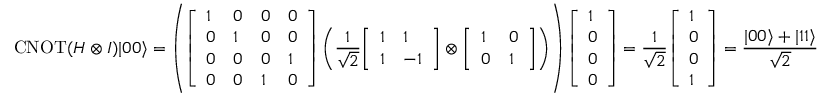
\operatorname { C N O T } ( H \otimes I ) | 0 0 \rangle = \left( { \left[ \begin{array} { l l l l } { 1 } & { 0 } & { 0 } & { 0 } \\ { 0 } & { 1 } & { 0 } & { 0 } \\ { 0 } & { 0 } & { 0 } & { 1 } \\ { 0 } & { 0 } & { 1 } & { 0 } \end{array} \right] } \left( { \frac { 1 } { \sqrt { 2 } } } { \left[ \begin{array} { l l } { 1 } & { 1 } \\ { 1 } & { - 1 } \end{array} \right] } \otimes { \left[ \begin{array} { l l } { 1 } & { 0 } \\ { 0 } & { 1 } \end{array} \right] } \right) \right) { \left[ \begin{array} { l } { 1 } \\ { 0 } \\ { 0 } \\ { 0 } \end{array} \right] } = { \frac { 1 } { \sqrt { 2 } } } { \left[ \begin{array} { l } { 1 } \\ { 0 } \\ { 0 } \\ { 1 } \end{array} \right] } = { \frac { | 0 0 \rangle + | 1 1 \rangle } { \sqrt { 2 } } }